King Institute of Preventive Medicine Micro-Biological Section reports 1909-11
Year: 1909
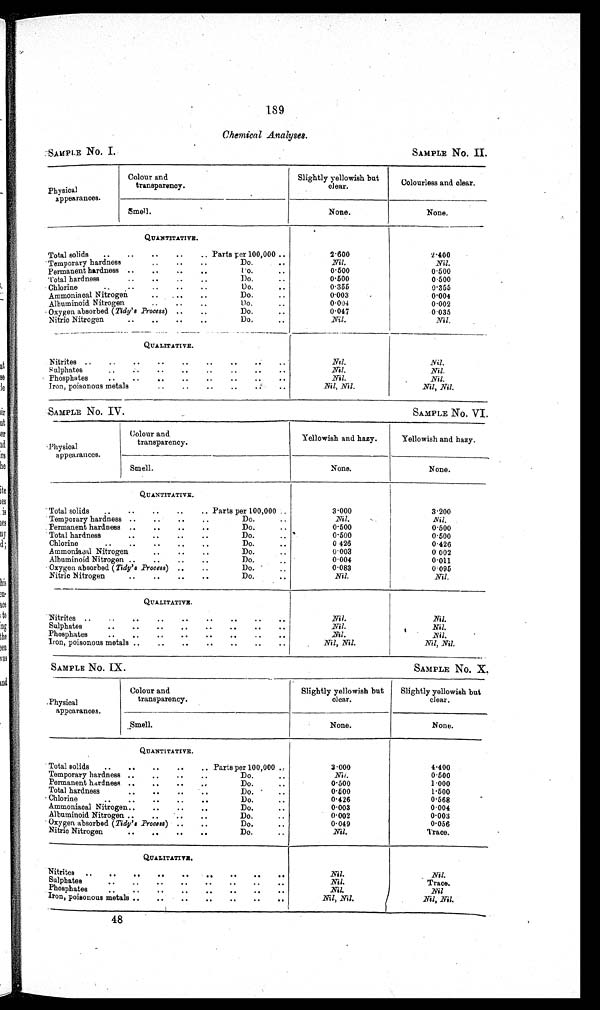
189
Chemical Analyses.
SAMPLE No. I.
SAMPLE NO. II.
Physical
appearances.
Colour and
transparency.
Slightly yellowish but
clear.
Colourless and clear.
Smell.
None.
None.
QUANTITATIVE.
2.400
2·600
Total solids .. .. .. .. ... Parts per 100,000..
Nil.
Nil.
Temporary hardness
.. .. ..
Do.
..
0.500
0.500
Permanent hardness .. .. .. ..
Do.
..
0.500
0.500
Total hardness .. .. .. ..
Do.
..
0.355
0.355
Chlorine
.. .. .. .. ..
Do.
..
0.003
0.004
Ammoniacal Nitrogen
.. ..
Do.
..
0.004
0.002
Albuminoid Nitrogen
Do.
..
Oxygen absorbed (Tidy's Process) .. ..
Do.
..
0.047
0.035
Nil
Nil.
Nitric Nitrogen
.. .. .. ..
Do.
..
QUALITATIVE.
Nitrites .. .. .. .. .. .. ..
Nil.
Nil.
Nil.
Nil.
Sulphates.. .. .. .. .. ..
Nil.
Nil.
Phosphates .. .. .. .. .. .. .. ..
Nil, Nil.
Nil, Nil.
Iron, poisonous metals
.. .. .. ..
..
SAMPLE No. IV.
SAMPLE No. VI.
Physical
appearances.
Colour and
transparency.
Yellowish and hazy.
Yellowish and hazy.
None.
None.
Smell.
QUANTITATIVE.
3.200
3.000
Total solids .. .. .. .. .. Parts per 100,000..
N i l
Nil.
Temporary hardness .. .. .. ..
Do.
..
0 . 5 0 0
0.500
Permanent hardness .. .. .. ..
Do.
..
0 . 5 0 0
0.500
Total hardness
.. .. .. ..
Do.
..
0.426
0 . 4 2 6
Chlorine
.. .. .. .. ..
Do.
..
0.002
0.003
Ammoniacal Nitrogen
.. .. ..D o .
. .
0.004
0.011
Albuminoid Nitrogen
.. .. ..
Do.
..
0.083
0.095
Oxygen absorbed ( Tidy's Process)
.. ..
Do.
. .
Nil.
Nitric Nitrogen
.. .. .. ..
Do.
..
Nil.
QUALITATIVE.
Nitrites .. .. .. .. .. .. .. .. ..
Nil.
Nil.
Sulphates
.. .. .. .. .. .. .. ..
Nil.
Nil.
_Nil.
Nil.
Phosphates
.. .. .. .. .. .. .. ..
Nil, Nil.
Nil, Nil.
Iron, poisonous metals .. .. .. .. .. .. ..
SAMPLE NO. IX.
SAMPLE No. X.
Physical
appearances.
Colour and
transparency.
Slightly yellowish but
clear.
Slightly yellowish but
clear.
Smell.
None.
None.
QUANTITATIVE.
Total solids .. .. .. .. .. Parts per 100,000..
3.000
4.400
0.500
Nil.
Temporary hardness .. .. .. ..
Do.
..
1·000
0 · 5 0 0
Permanent hardness .. .. .. ..
Do.
..
0.500
1.500
Total hardness
.. .. .. ..
Do.
..
0.568
0.426
Chlorine
.. .. ..
Do.
..
0.004
0 . 0 0 3
Ammoniaoal Nitrogen.. .. .. ..
Do.
..
0.003
Albuminoid Nitrogen.. .. .. ..
Do.
..
0.002
0.049
0.056
Oxygen absorbed (Tidy's Process) .. ..
Do.
..
Trace.
N i l
Nitric Nitrogen
.. .. .. ..
Do.
..
QUALITATIVE.
Nil.
Nil.
Nitrites
.. .. .. ..
Sulphates
.. ... .. .. .. .. ..
Nil.
Trace.
Nil
Phosphates
.. .. .. ..
N i l
Iron, poisonous metals.. .. .. .. .. .. ..
Nil.
Nil, Nil.
48